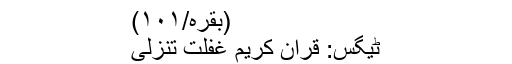
(بقرہ/١٠١)
ٹیگس: قران کریم غفلت تنزلی